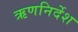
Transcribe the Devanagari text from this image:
ऋणनिर्देश